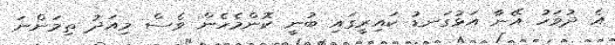
އެ ދުވަހު އޭނާ އަޅުގަނޑު ކައިރީގައި ބުނީ ކޮންމެހެން ވެސް މިއަދު ތިމަންނަ